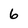
Character: 6